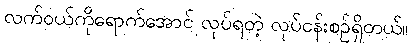
လက်ဝယ်ကိုရောက်အောင် လုပ်ရတဲ့ လုပ်ငန်းစဉ်ရှိတယ်။